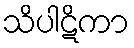
သိပါဋိကာ